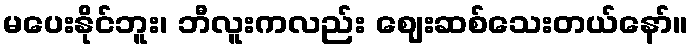
မပေးနိုင်ဘူး၊ ဘီလူးကလည်း ဈေးဆစ်သေးတယ်နော်။